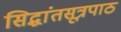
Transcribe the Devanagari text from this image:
सिद्धांतसूत्रपाठ